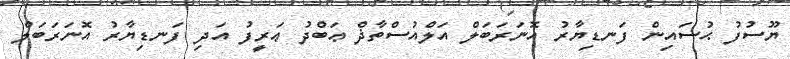
ޔޫސުފު ޙުސައިން ފަނޑިޔާރު އޮނަރަބަލް އަލްއުސްތާޛް ޢަބްދު ޢަރީފު އަދި ފަނޑިޔާރު އޮނަރަބަލް